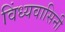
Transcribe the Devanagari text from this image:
विंध्‍यवासिनी